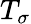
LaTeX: T_{\sigma}